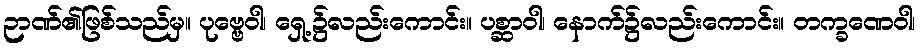
ဉာဏ်၏ဖြစ်သည်မှ။ ပုဗ္ဗေဝါ၊ ရှေ့၌လည်းကောင်း။ ပစ္ဆာဝါ၊ နောက်၌လည်းကောင်း။ တက္ခဏေဝါ၊